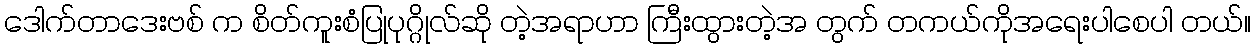
ဒေါက်တာဒေးဗစ် က စိတ်ကူးစံပြုပုဂ္ဂိုလ်ဆို တဲ့အရာဟာ ကြီးထွားတဲ့အ တွက် တကယ်ကိုအရေးပါစေပါ တယ်။